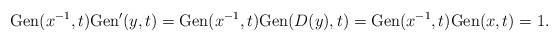
LaTeX: \begin{align*}\mathrm{Gen}(x^{-1},t)\mathrm{Gen}'(y,t)=\mathrm{Gen}(x^{-1},t)\mathrm{Gen}(D(y),t)=\mathrm{Gen}(x^{-1},t)\mathrm{Gen}(x,t)=1.\end{align*}